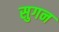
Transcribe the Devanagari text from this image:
सुगन